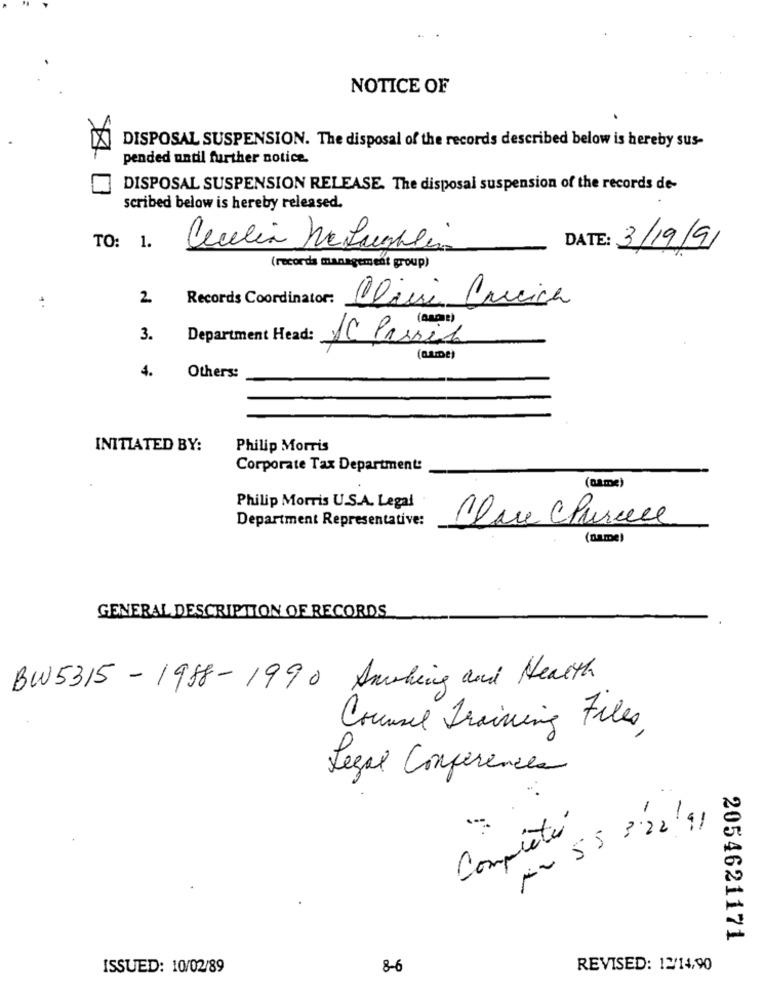
NOTICE OF
DISPOSAL SUSPENSION. The disposal of the records described below is hereby sus-
pended until further notice.
DISPOSAL SUSPENSION RELEASE. The disposal suspension of the records de-
scribed below is hereby released.
TO: 1.
Cecilia Me Laughlin
DATE: 3/19/91
(records management group)
2
Records Coordinator:
Clavi Crucica
3.
Department Head:
(GADE)
4.
Others:
INITIATED BY:
Philip Morris
Corporate Tax Department:
(name)
Philip Morris U.S.A. Legal
Department Representative:
Clare Churace
(name)
GENERAL DESCRIPTION OF RECORDS
BW5315-1958-1990 Smoking and Health
Counsel Training Files,
Legal Conferences
N= 55 322/91
Complété
2054621171
ISSUED: 10/02/89
8-6
REVISED: 12/14,90